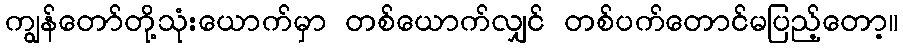
ကျွန်တော်တို့သုံးယောက်မှာ တစ်ယောက်လျှင် တစ်ပက်တောင်မပြည့်တော့။